Civil Veterinary Department. Central Provinces & Berar 1932-41 - 1932-1941
Year: 1932
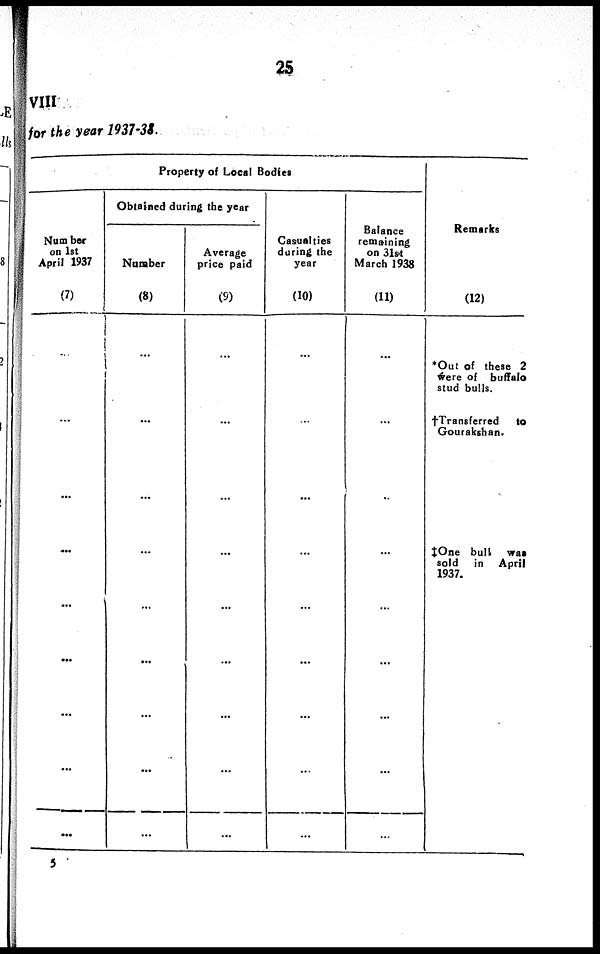
25
VIII
for the year 1937-38
Property of Local Bodies
Number
on 1st
April 1937
(7)
...
...
...
...
...
...
...
...
...
Obtained during the year
Number
(8)
...
...
...
...
...
...
...
...
...
Average
price paid
(9)
...
...
...
...
...
...
...
...
...
Casualties
during the
year
(10)
...
...
...
...
...
...
...
...
...
Balance
remaining
on 31st
March 1938
(11)
...
...
..
...
...
...
...
...
Remarks
(12)
*Out of these 2
were of buffalo
stud bulls.
†Transferred
to
Gourakshan.
‡One bull
was
sold
in April
1937.
5